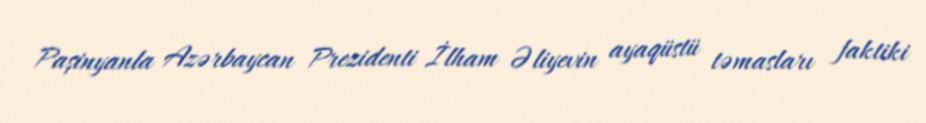
Paşinyanla Azərbaycan Prezidenti İlham Əliyevin ayaqüstü təmasları faktiki